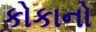
કોકાનો